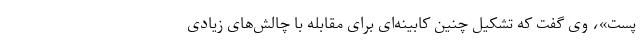
پست»، وی گفت که تشکیل چنین کابینه‌ای برای مقابله با چالش‌های زیادی